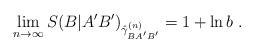
LaTeX: \begin{align*}\lim_{n\to\infty}S(B|A'B')_{\hat{\gamma}_{BA'B'}^{(n)}} = 1 + \ln b\;.\end{align*}